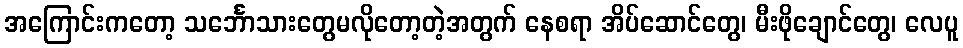
အကြောင်းကတော့ သင်္ဘောသားတွေမလိုတော့တဲ့အတွက် နေစရာ အိပ်ဆောင်တွေ၊ မီးဖိုချောင်တွေ၊ လေပူ